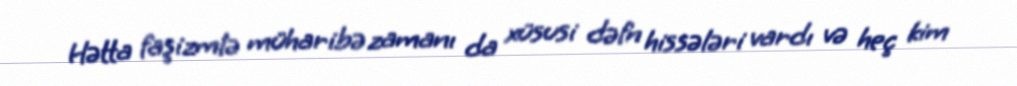
Hətta faşizmlə müharibə zamanı da xüsusi dəfn hissələri vardı və heç kim